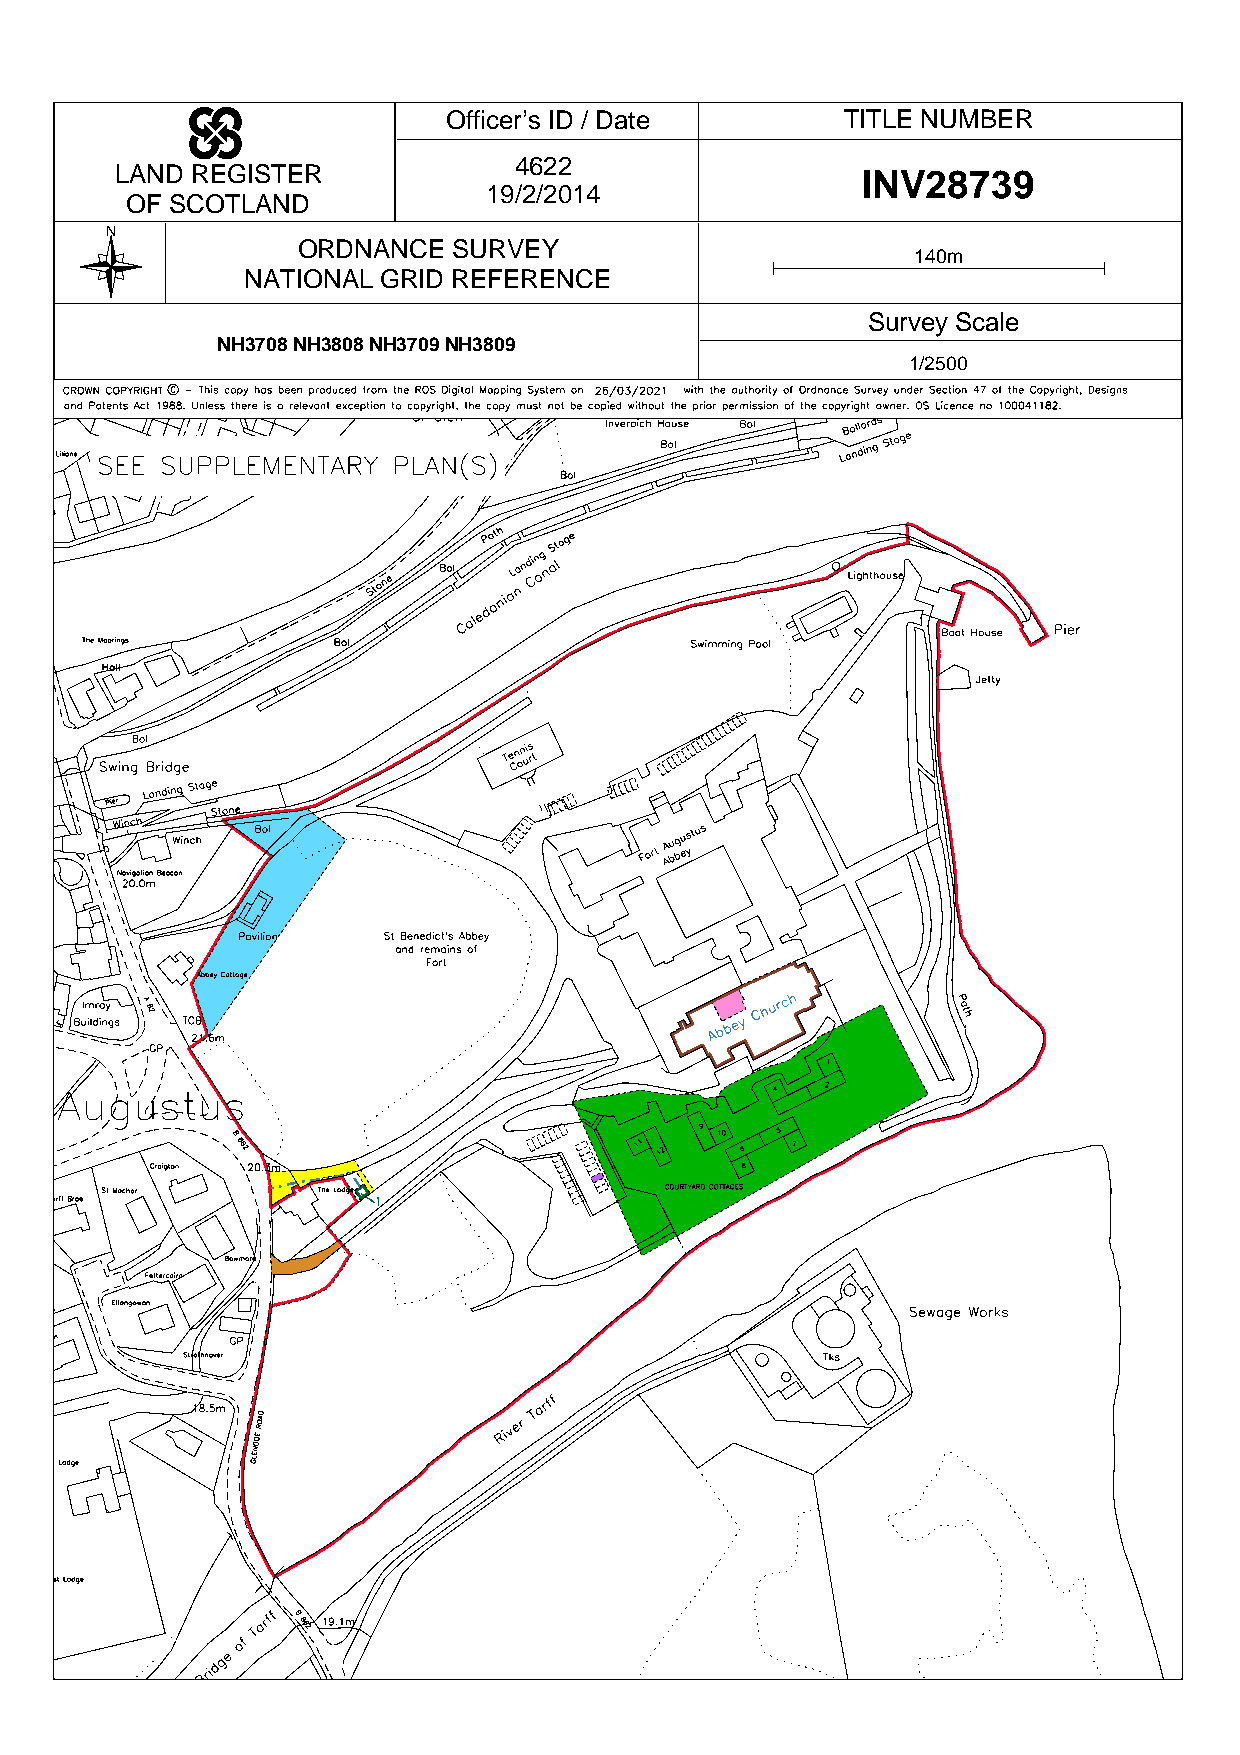
Officer’s ID / Date       TITLE NUMBER
 4622
 LAND REGISTER                                    INV28739
 19/2/2014
 OF SCOTLAND
 N
 ORDNANCE  SURVEY
 140m
 NATIONAL GRID REFERENCE
 Survey Scale
 NH3708 NH3808 NH3709 NH3809
 1/2500